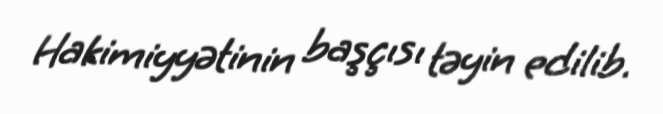
Hakimiyyətinin başçısı təyin edilib.